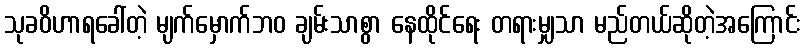
သုခဝိဟာရခေါ်တဲ့ မျက်မှောက်ဘဝ ချမ်းသာစွာ နေထိုင်ရေး တရားမျှသာ မည်တယ်ဆိုတဲ့အကြောင်း